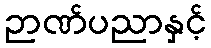
ဉာဏ်ပညာနှင့်